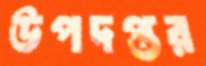
উপদপ্তর